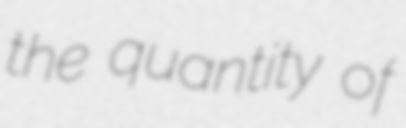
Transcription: the quantity of